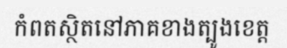
កំពតស្ថិតនៅភាគខាងត្បូងខេត្ត